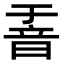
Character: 𮧶